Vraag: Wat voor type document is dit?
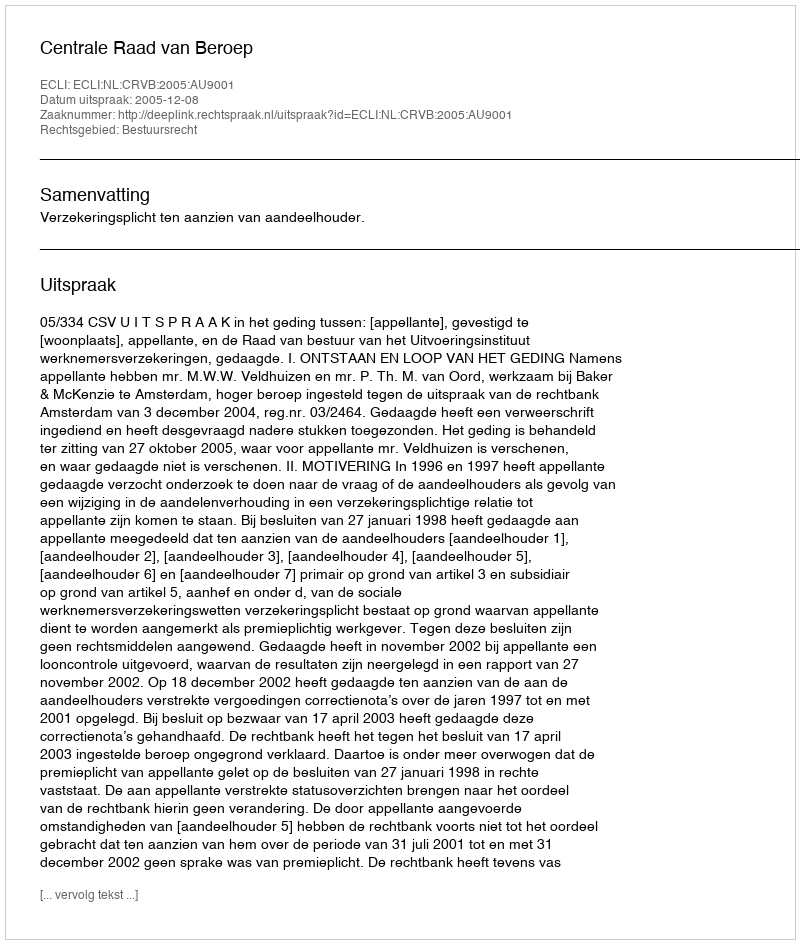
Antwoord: Uitspraak